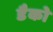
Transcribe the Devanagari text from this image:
डैको